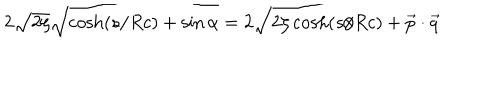
LaTeX: 2 \sqrt { 2 \zeta } \sqrt { \cosh ( { s / R c } ) + \sin { \alpha } } = 2 \sqrt { 2 \zeta \cosh ( { s / R c } ) + { \vec { p } } \cdot { \vec { q } } }